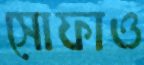
সোফাও